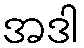
အဒါ